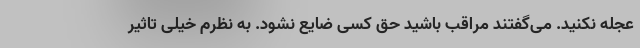
عجله نکنید. می‌گفتند مراقب باشید حق کسی ضایع نشود. به نظرم خیلی تاثیر